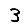
Digit: 3